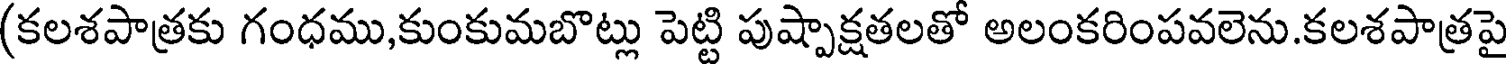
(కలశపాత్రకు గంధము,కుంకుమబొట్లు పెట్టి పుష్పాక్షతలతో అలంకరింపవలెను.కలశపాత్రపై